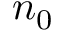
n _ { 0 }